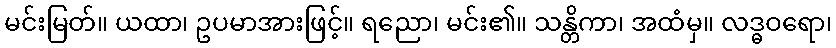
မင်းမြတ်။ ယထာ၊ ဥပမာအားဖြင့်။ ရညော၊ မင်း၏။ သန္တိကာ၊ အထံမှ။ လဒ္ဓဝရော၊